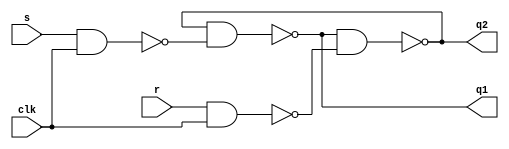
`timescale 1ns / 1ps
//NAND
module RSflipflop(
    input s, r, clk,
    output q1, q2
    );
    
    assign q1=~(q2 & ~(s&clk));
    assign q2 = ~(q1& ~(r&clk));
    
    
endmodule